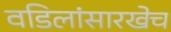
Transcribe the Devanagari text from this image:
वडिलांसारखेच